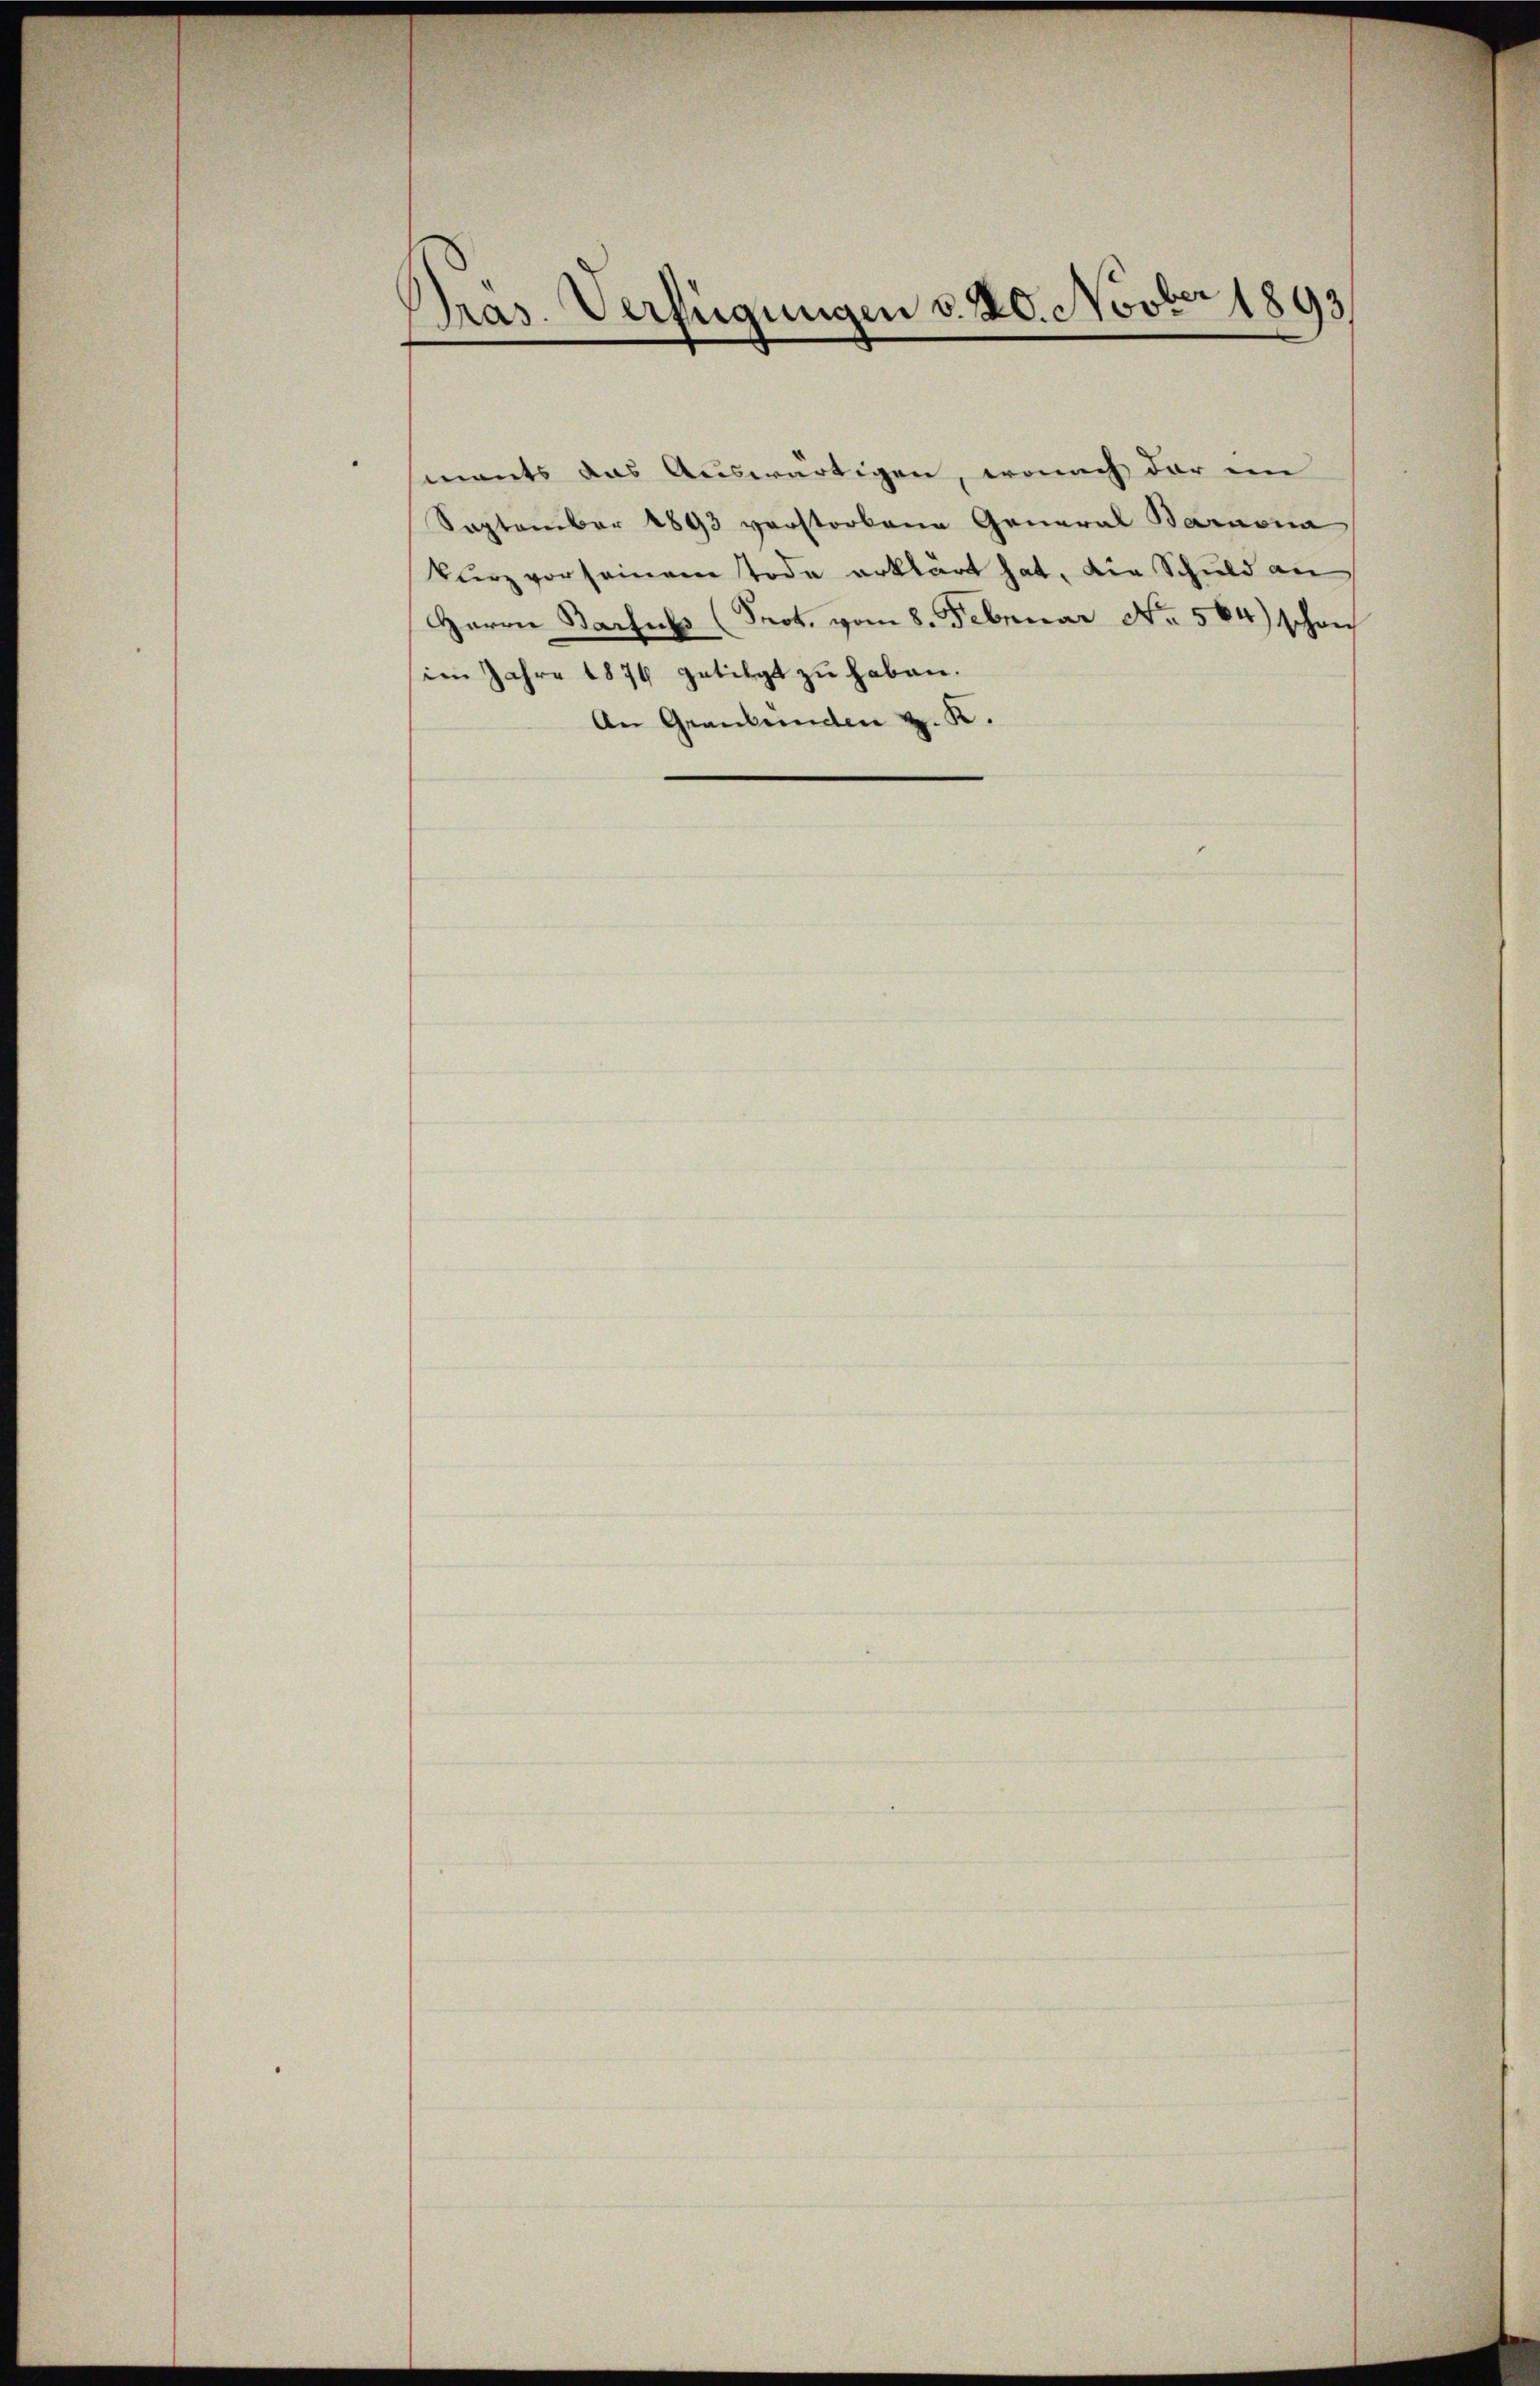
Pras. Verfügungen v. 20. Novber 1893

sments das Auswärtigen, wonach der im
September 1893 verstorbene General Barnona
kurz vor seinem Tode erklärt hat, die Schuld an
Herrn Barsus (Prot. vom 8. Februar No. 564) schon
im Jahre 1874 getilgt zu haben.
An Graubünden z. K.